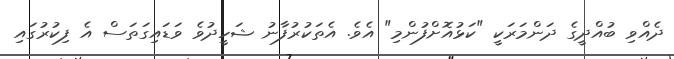
ދެއްވި ބުއްދީގެ ދަންމަރަކީ "ކަޅުއޮށްފުންމި" އެވެ. އެތަކުރުފާނު ޝަހީދުވެ ވަޑައިގަތަސް އެ ފިކުރުގައި